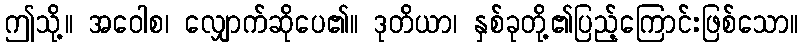
ဤသို့။ အဝေါစ၊ လျှောက်ဆိုပေ၏။ ဒုတိယာ၊ နှစ်ခုတို့၏ပြည့်ကြောင်းဖြစ်သော။